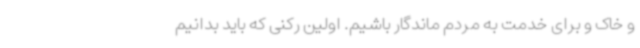
و خاک و برای خدمت به مردم ماندگار باشیم. اولین رکنی که باید بدانیم